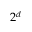
2 ^ { d }